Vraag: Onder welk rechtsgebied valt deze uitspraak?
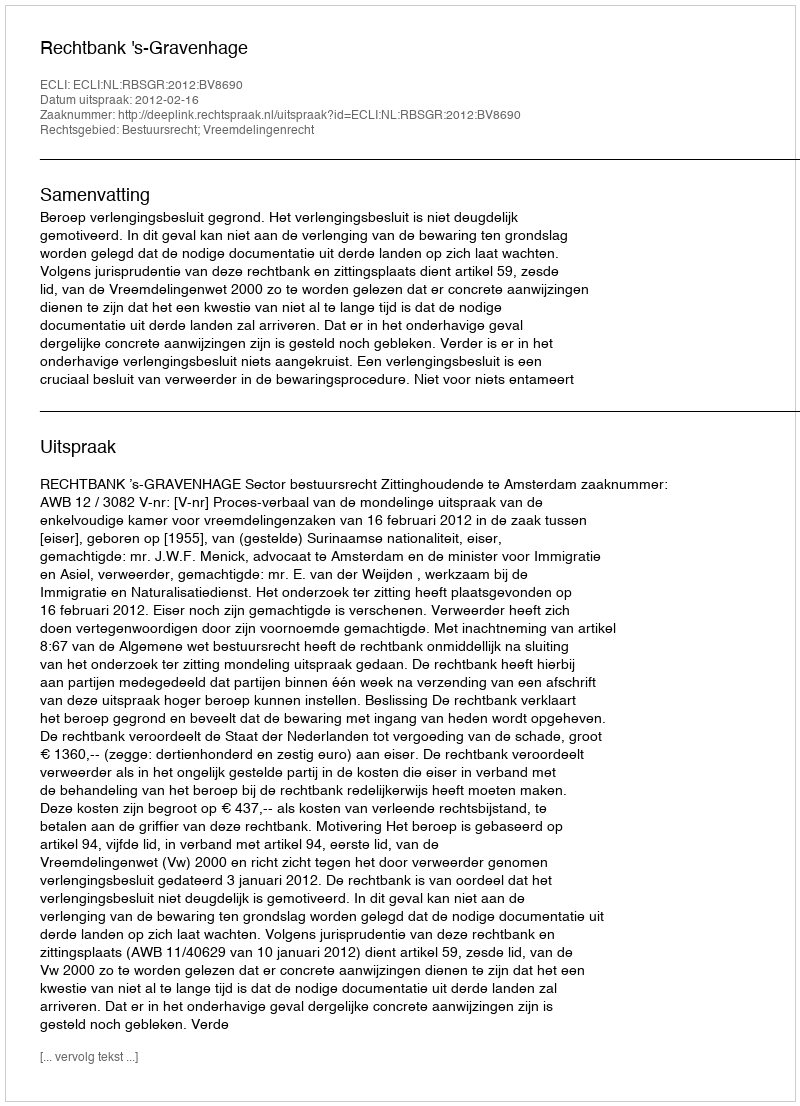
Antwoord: Bestuursrecht; Vreemdelingenrecht